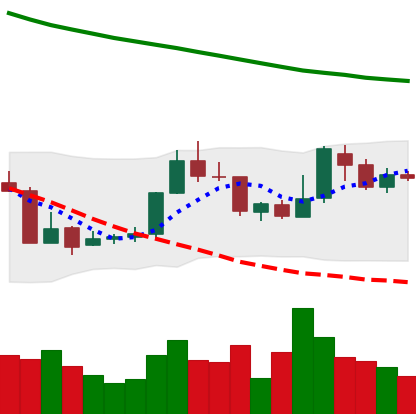
Ticker: XMR-USD
Chart end date: 2018-07-28
Forward return: -11.912%
Label: down_7plus